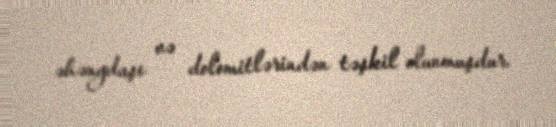
əhəngdaşı və dolomitlərindən təşkil olunmuşdur.